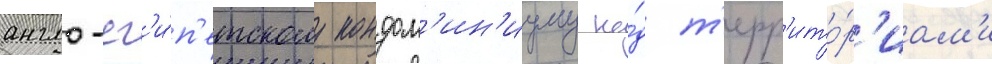
англо-ег'и́п'етскому кондом'ин'иуму на́д т'ерр'ито́р'иам'и